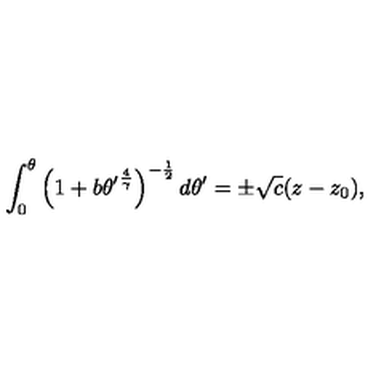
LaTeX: \int _ { 0 } ^ { \theta } \left( 1 + b { \theta ^ { \prime } } ^ { \frac { 4 } { \gamma } } \right) ^ { - { \frac { 1 } { 2 } } } d \theta ^ { \prime } = \pm \sqrt { c } ( z - z _ { 0 } ) ,